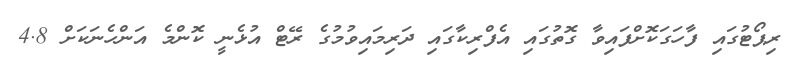
ރިޕޯޓުގައި ފާހަގަކޮށްފައިވާ ގޮތުގައި އެފްރިކާގައި ދަރިމައިވުމުގެ ރޭޓް އުޅެނީ ކޮންމެ އަންހެނަކަށް 4.8